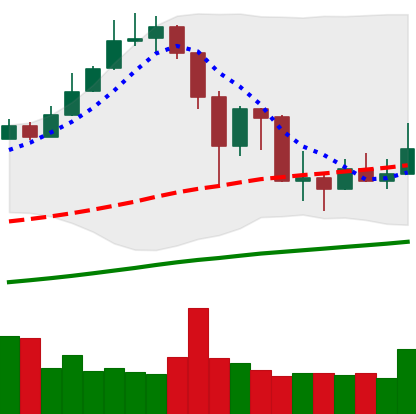
Ticker: XMR-USD
Chart end date: 2019-07-06
Forward return: -5.136%
Label: down_5_7